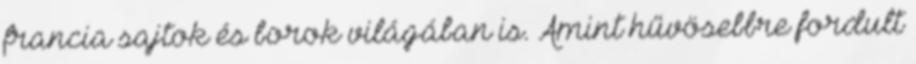
francia sajtok és borok világában is. Amint hűvösebbre fordult